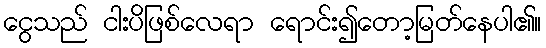
ငွေသည် ငါးပိဖြစ်လေရာ ရောင်း၍တော့မြတ်နေပါ၏။